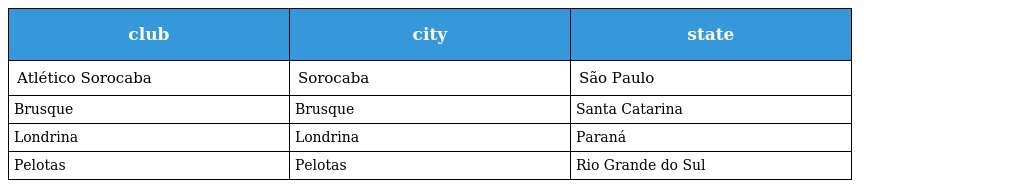
| club | city | state |
 | --- | --- | --- |
 | Atlético Sorocaba | Sorocaba | São Paulo |
 | Brusque | Brusque | Santa Catarina |
 | Londrina | Londrina | Paraná |
 | Pelotas | Pelotas | Rio Grande do Sul |